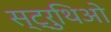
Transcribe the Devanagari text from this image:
स्ट्रुथिओ